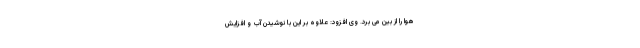
هوا را از بین می برد. وی افزود: علاوه بر این با نوشیدن آب و افزایش